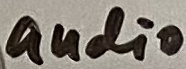
Text: audio